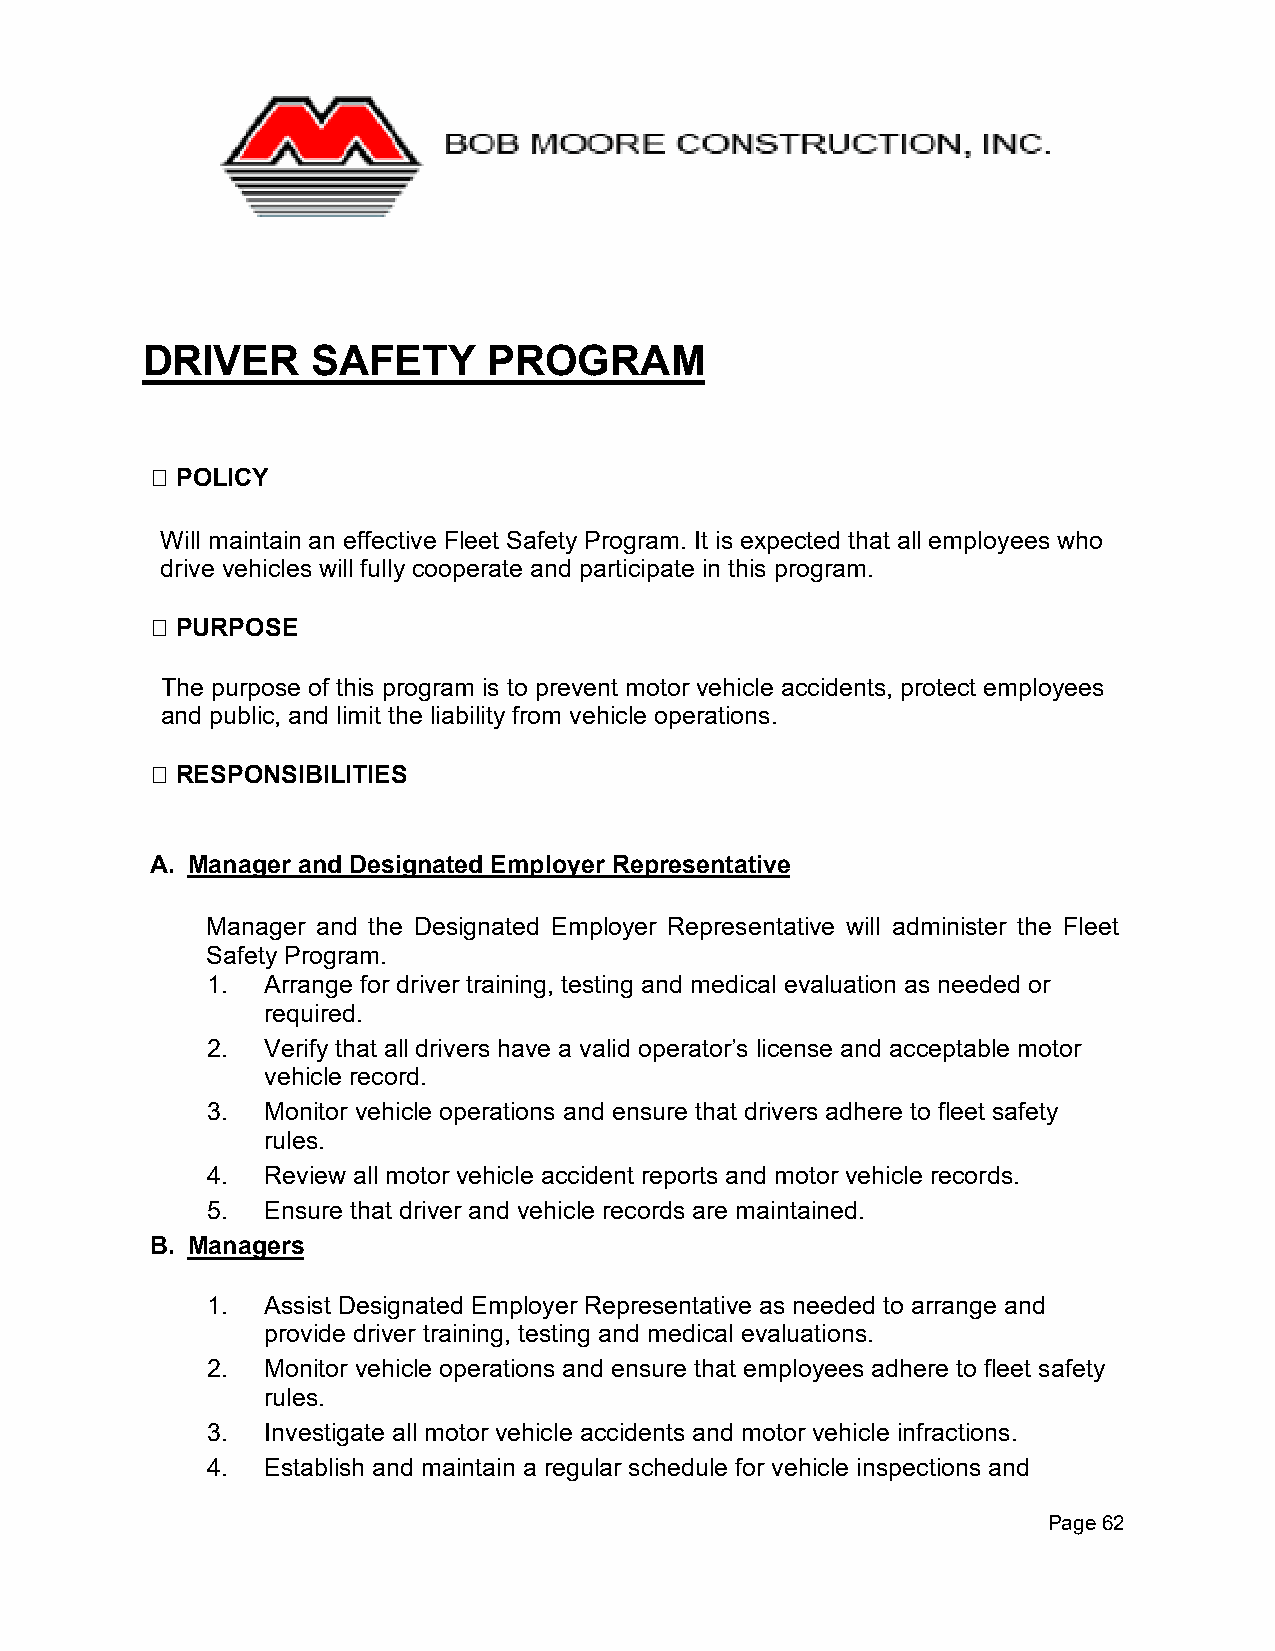
DRIVER      SAFETY     PROGRAM
  POLICY
 Will maintain an effective Fleet Safety Program. It is expected that all employees who
 drive vehicles will fully cooperate and participate in this program.
  PURPOSE
 The purpose of this program is to prevent motor vehicle accidents, protect employees
 and public, and limit the liability from vehicle operations.
  RESPONSIBILITIES
 A. Manager and Designated Employer Representative
 Manager and the Designated Employer Representative will administer the Fleet
 Safety Program.
 1. Arrange for driver training, testing and medical evaluation as needed or
 required.
 2. Verify that all drivers have a valid operator’s license and acceptable motor
 vehicle record.
 3. Monitor vehicle operations and ensure that drivers adhere to fleet safety
 rules.
 4. Review all motor vehicle accident reports and motor vehicle records.
 5. Ensure that driver and vehicle records are maintained.
 B. Managers
 1. Assist Designated Employer Representative as needed to arrange and
 provide driver training, testing and medical evaluations.
 2. Monitor vehicle operations and ensure that employees adhere to fleet safety
 rules.
 3. Investigate all motor vehicle accidents and motor vehicle infractions.
 4. Establish and maintain a regular schedule for vehicle inspections and
 Page 62